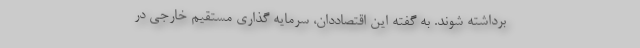
برداشته شوند. به گفته این اقتصاددان، سرمایه گذاری مستقیم خارجی در